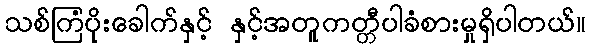
သစ်ကြံပိုးခေါက်နှင့် နှင့်အတူကတ္တီပါခံစားမှုရှိပါတယ်။